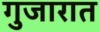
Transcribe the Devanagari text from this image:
गुजारात